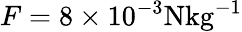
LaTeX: F=8\times 10^{-3}\mathrm{N{kg}^{-1}}